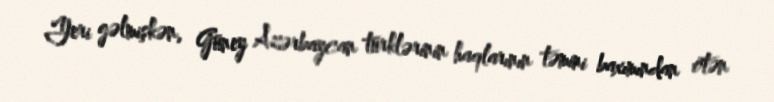
Yeri gəlmişkən, Güney Azərbaycan türklərinin haqlarının təmini baxımından ötən